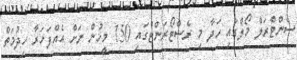
ސެންޓްރަލް މޯލްގައި ހަދާ މި ރެސްޓޯރަންޓްގައި 150 މީހުން ނަށް އެއްފަހަރާ ހިދުމަތް